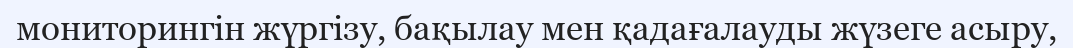
мониторингін жүргізу, бақылау мен қадағалауды жүзеге асыру,